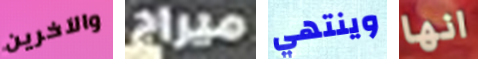
والآخرين ميراج وينتهي انها